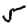
Digit: 5